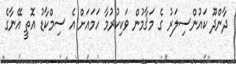
ދާންދޫ ކައުންސިލަރު ގެ މަޤާމުން ވަކިކުރުމާ ހަމައަށް އެ ސިމްކާޑު އޮތީ އޭނާގެ